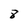
Character: 8